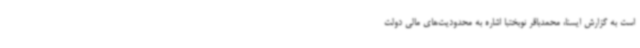
است به گزارش ایسنا، محمدباقر نوبختبا اشاره به محدودیت‌های مالی دولت